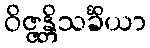
ဝိဇ္ဇန္တိသင်္ခိယာ